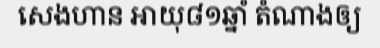
សេងហាន អាយុ៨១ឆ្នាំ តំណាងឲ្យ